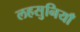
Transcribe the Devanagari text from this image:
लहसुनियाँ